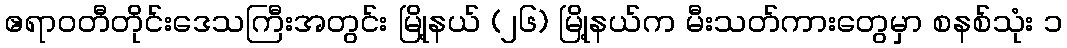
ဧရာဝတီတိုင်းဒေသကြီးအတွင်း မြို့နယ် (၂၆) မြို့နယ်က မီးသတ်ကားတွေမှာ စနစ်သုံး ၁